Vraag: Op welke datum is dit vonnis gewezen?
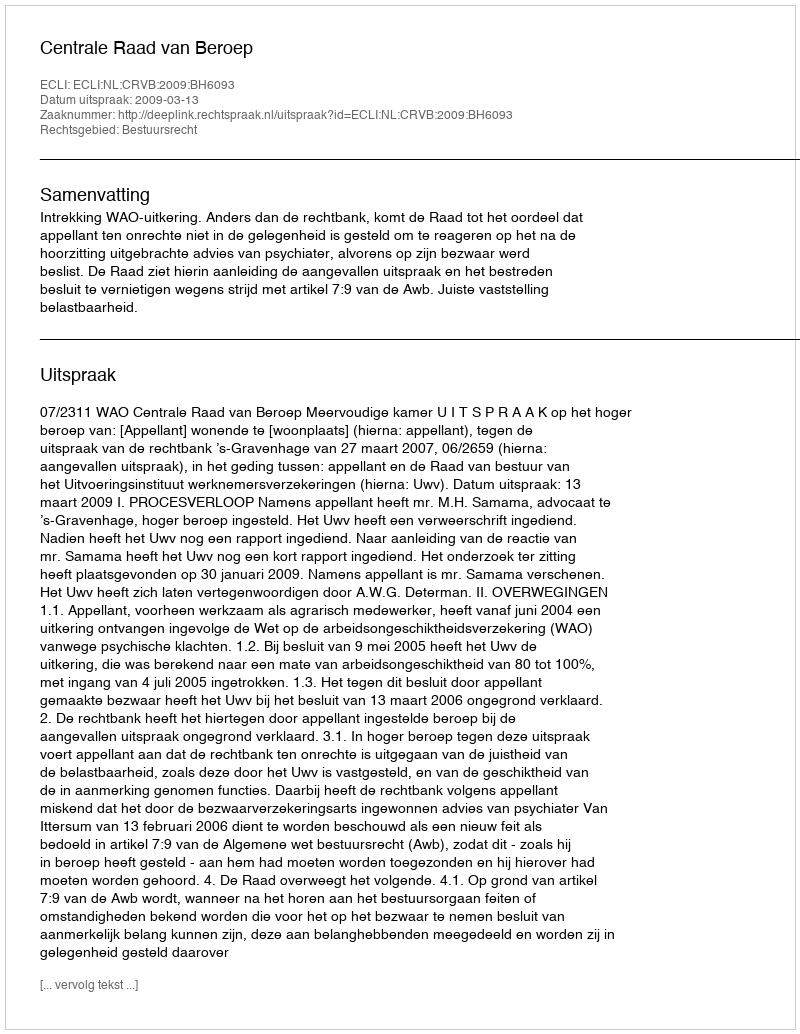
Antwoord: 2009-03-13